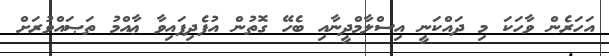
އަހަރެން ވާހަކަ މި ދައްކަނީ އިސްލާމްދީނާއި ބެހޭ ގޮތުން އުފެދިފައިވާ ޢާއްމު ތަޞައްވުރަށް